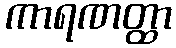
ကာရဏတ္ထာ